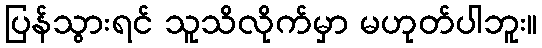
ပြန်သွားရင် သူသိလိုက်မှာ မဟုတ်ပါဘူး။